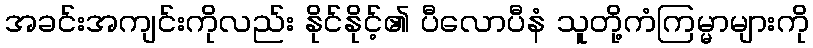
အခင်းအကျင်းကိုလည်း နိုင်နိုင့်၏ ပီလောပီနံ သူတို့ကံကြမ္မာများကို